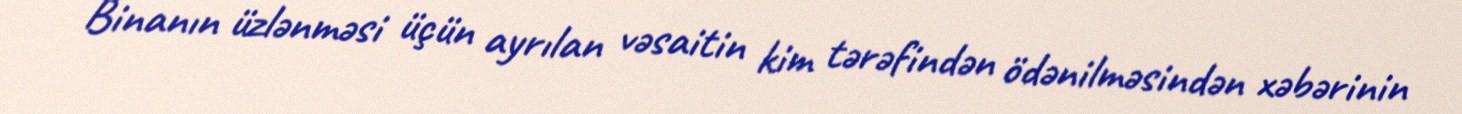
Binanın üzlənməsi üçün ayrılan vəsaitin kim tərəfindən ödənilməsindən xəbərinin